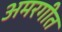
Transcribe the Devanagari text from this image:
अमरगीत